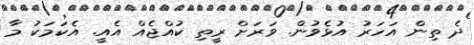
ދެ ތިން އަހަރު އުޅެވުން. ވަރަށް ރީތި ކުއްޖެއް އެއީ. އެކަމަކު މާ